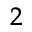
^ { 2 }